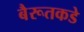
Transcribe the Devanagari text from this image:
बैरूतकडे